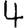
Digit: 4